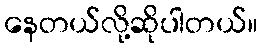
နေတယ်လို့ဆိုပါတယ်။